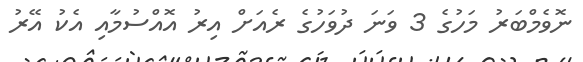
ނޮވެމްބަރު މަހުގެ 3 ވަނަ ދުވަހުގެ ރެއަށް އިރު އޮއްސުމާއި އެކު އޭރު